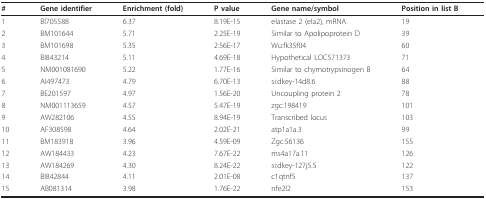
| # | Gene identifier | Enrichment (fold) | P value | Gene name/symbol | Position in list B |
 | --- | --- | --- | --- | --- | --- |
 | 1 | BI705588 | 6.37 | 8.19E-15 | elastase 2 (ela2), mRNA. | 19 |
 | 2 | BM101644 | 5.71 | 2.25E-19 | Similar to Apolipoprotein D | 39 |
 | 3 | BM101698 | 5.35 | 2.56E-17 | Wu:fk35f04 | 60 |
 | 4 | BI843214 | 5.11 | 4.69E-18 | Hypothetical LOC571373 | 71 |
 | 5 | NM001081690 | 5.22 | 1.77E-16 | Similar to chymotrypsinogen B | 64 |
 | 6 | AI497473 | 4.79 | 6.70E-13 | si:dkey-14d8.6 | 88 |
 | 7 | BE201597 | 4.97 | 1.56E-20 | Uncoupling protein 2 | 78 |
 | 8 | NM001113659 | 4.57 | 5.47E-19 | zgc:198419 | 101 |
 | 9 | AW282106 | 4.55 | 8.94E-19 | Transcribed locus | 103 |
 | 10 | AF308598 | 4.64 | 2.02E-21 | atp1a1a.3 | 99 |
 | 11 | BM183918 | 3.96 | 4.59E-09 | Zgc:56136 | 155 |
 | 12 | AW184433 | 4.23 | 7.67E-22 | ms4a17a.11 | 126 |
 | 13 | AW184269 | 4.30 | 8.24E-22 | si:dkey-127j5.5 | 122 |
 | 14 | BI842844 | 4.11 | 2.01E-08 | c1qtnf5 | 137 |
 | 15 | AB081314 | 3.98 | 1.76E-22 | nfe2l2 | 153 |